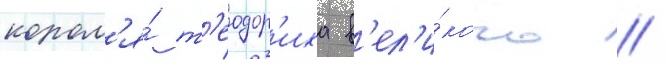
корол'я́ т'еодор'иха в'ел'и́кого //